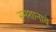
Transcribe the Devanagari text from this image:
स्मशानाचे